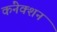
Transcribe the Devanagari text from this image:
कंनेक्शन